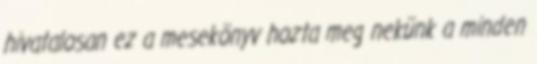
hivatalosan ez a mesekönyv hozta meg nekünk a minden